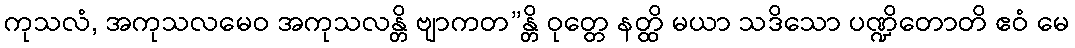
ကုသလံ, အကုသလမေဝ အကုသလန္တိ ဗျာကတ”န္တိ ဝုတ္တေ နတ္ထိ မယာ သဒိသော ပဏ္ဍိတောတိ ဧဝံ မေ